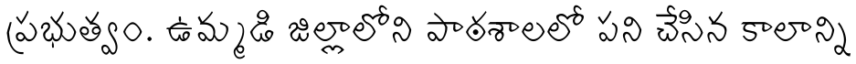
ప్రభుత్వం. ఉమ్మడి జిల్లాలోని పాఠశాలలో పని చేసిన కాలాన్ని